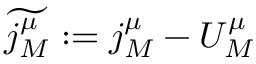
\widetilde { j _ { M } ^ { \mu } } : = j _ { M } ^ { \mu } - U _ { M } ^ { \mu }